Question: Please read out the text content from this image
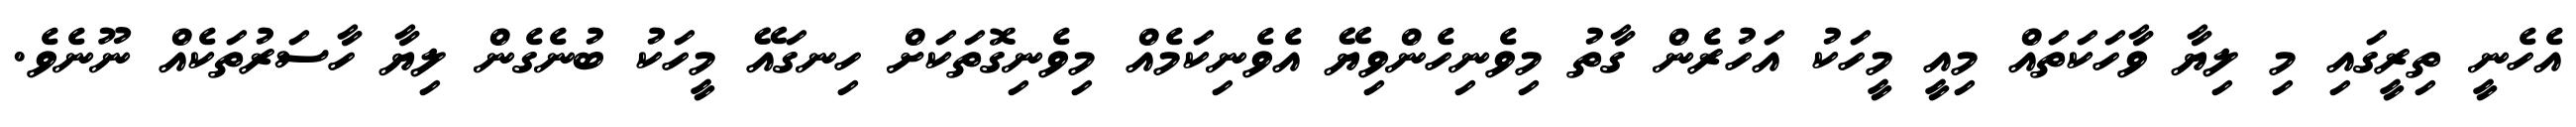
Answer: އެހެނީ ތިރީގައި މި ލިޔާ ވާހަކަތައް މިއީ މީހަކު އަހުރެން ގާތު މިވެނިހެންވިޔޭ އެވެނިކަމެއް މިވެނިގޮތަކަށް ހިނގައޭ މީހަކު ބުނެގެން ލިޔާ ހާސަރުތަކެއް ނޫނެވެ.